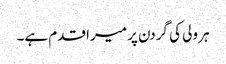
ہر ولی کی گردن پر میرا قدم ہے۔